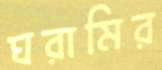
ঘরামির